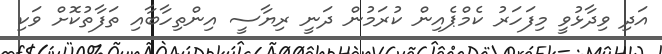
އަދި ވިދާޅުވީ މިފަހަރު ކެމްޕެއިން ކުރަމުން ދަނީ ރިޔާސީ އިންތިހާބާއި ތަފާތުކޮށް ވަކި